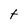
Character: t